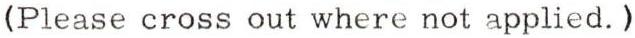
(Please cross out where not applied.)